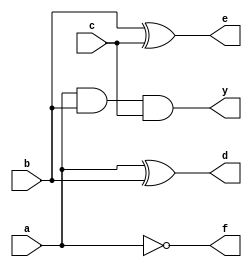
module XOR_XORNOT_AND_gates (output d, e, f, y, input a, b, c);
  xor (d, a, b);   // d is the output, a and b are inputs
  xor (e, b, c);  // e is the output, b and c are inputs
  not (f, a);  // f is the output, a is the input
  and (y, a, b, c);  //y is the output , a and b and c are inputs
endmodule